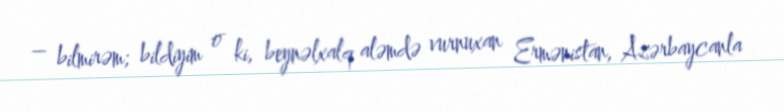
– bilmirəm; bildiyim o ki, beynəlxalq aləmdə vurnuxan Ermənistan, Azərbaycanla